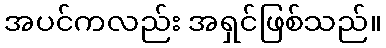
အပင်ကလည်း အရှင်ဖြစ်သည်။